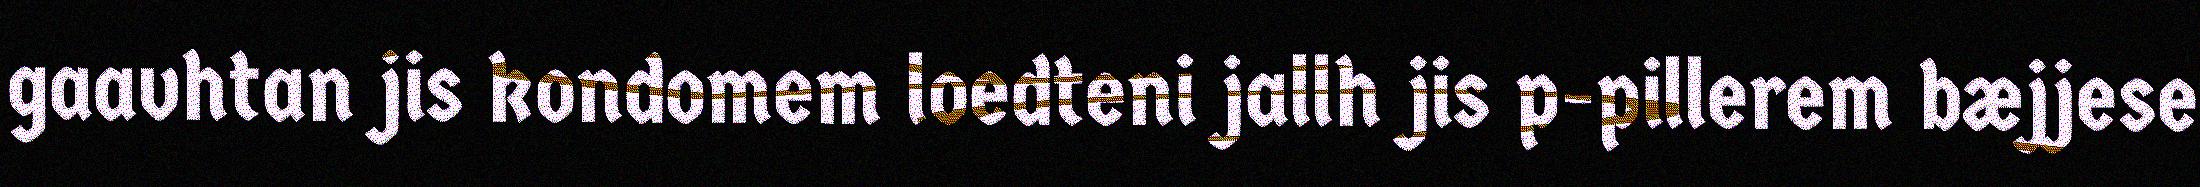
gaavhtan jis kondomem loedteni jallh jis p-pillerem bæjjese